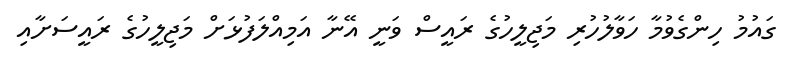
ގައުމު ހިންގެވުމާ ހަވާލުހުރި މަޖިލީހުގެ ރައީސް ވަނީ އޭނާ އަމިއްލަފުޅަށް މަޖިލީހުގެ ރައީސަށާއި